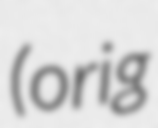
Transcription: (orig